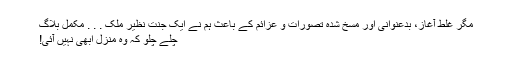
مگر غلط آغاز، بدعنوانی اور مسخ شدہ تصورات و عزائم کے باعث ہم نے ایک جنت نظیر ملک . . . مکمل بلاگ
چلے چلو کہ وہ منزل ابھی نہیں آئی!